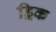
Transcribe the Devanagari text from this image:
ड्रिक